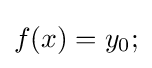
f(x)=y_{0};